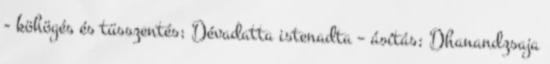
- köhögés és tüsszentés; Dévadatta istenadta – ásítás; Dhanandzsaja